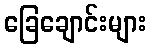
ခြေချောင်းများ